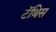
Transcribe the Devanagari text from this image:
टॅथ़िस